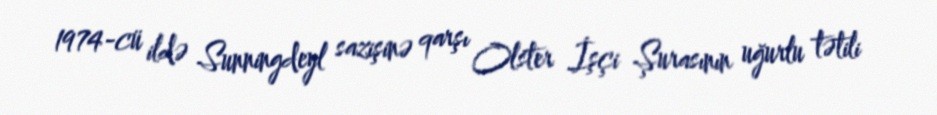
1974-cü ildə Sunningdeyl sazişinə qarşı Olster İşçi Şurasının uğurlu tətili